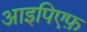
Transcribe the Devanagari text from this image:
आइपिएफ़